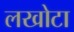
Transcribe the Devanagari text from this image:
लखोटा